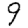
Digit: 9